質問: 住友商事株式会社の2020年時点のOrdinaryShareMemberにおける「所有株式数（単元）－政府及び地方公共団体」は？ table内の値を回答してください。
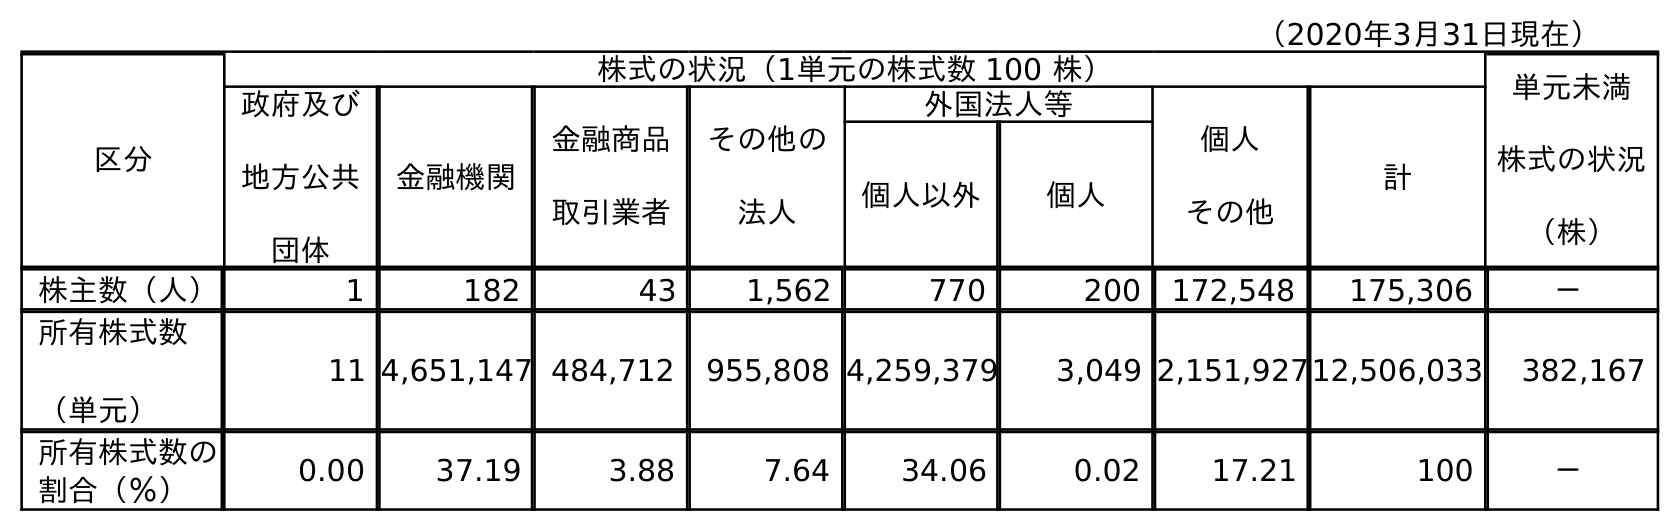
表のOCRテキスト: （2020年3月31日現在） 区分 株式の状況（1単元の株式数 100 株） 単元未満 株式の状況 （株） 政府及び 地方公共 団体 金融機関 金融商品 取引業者 その他の 法人 外国法人等 個人 その他 計 個人以外 個人 株主数（人） 1 182 43 1,562 770 200 172,548 175,306 － 所有株式数 （単元） 11 4,651,147 484,712 955,808 4,259,379 3,049 2,151,92712,506,033 382,167 所有株式数の 割合（％） 0.00 37.19 3.88 7.64 34.06 0.02 17.21 100 －
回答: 11